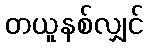
တယူနစ်လျှင်